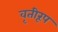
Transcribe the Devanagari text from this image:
वृतीरूप